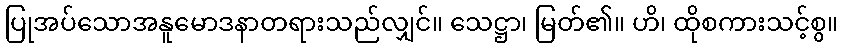
ပြုအပ်သောအနူမောဒနာတရားသည်လျှင်။ သေဋ္ဌာ၊ မြတ်၏။ ဟိ၊ ထိုစကားသင့်စွ။